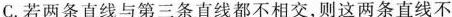
C.若两条直线与第三条直线都不相交，则这两条直线不